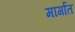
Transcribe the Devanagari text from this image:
मार्गांत